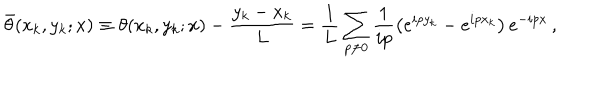
{ \bar { \theta } } ( x _ { k } , y _ { k } ; x ) \equiv \theta ( x _ { k } , y _ { k } ; x ) - \frac { y _ { k } - x _ { k } } { L } = \frac { 1 } { L } \sum _ { p \ne 0 } \frac { 1 } { i p } \left( e ^ { i p y _ { k } } - e ^ { i p x _ { k } } \right) e ^ { - i p x } \, ,